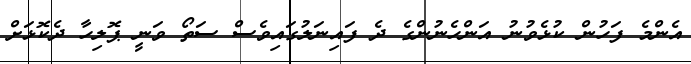
އެންމެ ފަހުން ކުޅެވުނު އަންހެނުންގެ ދެ ފައިނަލުގައިވެސް ސަތޯ ވަނީ ޕޮލިހާ ދެކޮޅަށް